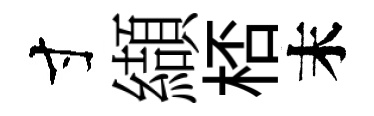
寸纈桮末